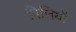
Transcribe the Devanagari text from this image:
पित्तियों